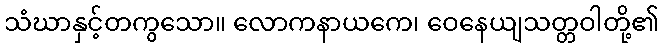
သံဃာနှင့်တကွသော။ လောကနာယကေ၊ ဝေနေယျသတ္တဝါတို့၏